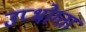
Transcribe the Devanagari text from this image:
उप्भोग्ता